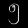
Digit: ၅